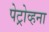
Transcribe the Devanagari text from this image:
पेट्रोव्हना